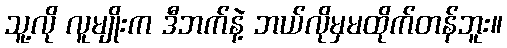
သူ့လို လူမျိုးက ဒီဘက်နဲ့ ဘယ်လိုမှမထိုက်တန်ဘူး။